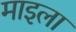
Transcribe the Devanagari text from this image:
माइला